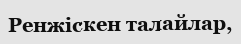
Ренжіскен талайлар,